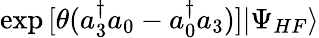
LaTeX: \exp{[\theta(a_{3}^{\dagger}a_{0}-a_{0}^{\dagger}a_{3})]}|\Psi_{HF}\rangle